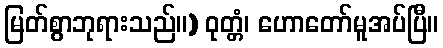
မြတ်စွာဘုရားသည်။) ဝုတ္တံ၊ ဟောတော်မူအပ်ပြီ။